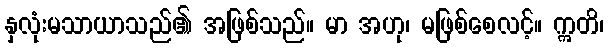
နှလုံးမသာယာသည်၏ အဖြစ်သည်။ မာ အဟု၊ မဖြစ်စေလင့်။ ဣတိ၊